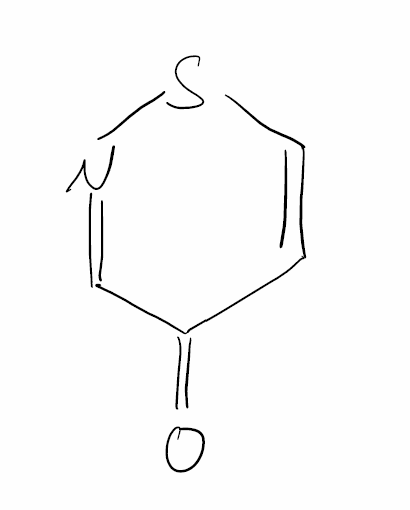
Simplified molecular-input line-entry system (SMILES) notation of the given molecule:
C1=CSN=CC1=O